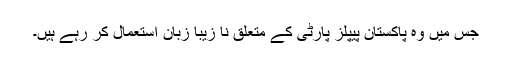
جس میں وہ پاکستان پیپلز پارٹی کے متعلق نا زیبا زبان استعمال کر رہے ہیں۔